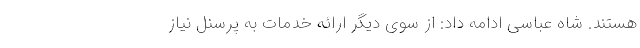
هستند. شاه عباسی ادامه داد: از سوی دیگر ارائه خدمات به پرسنل نیاز